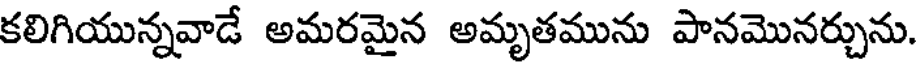
కలిగియున్నవాడే అమరమైన అమృతమును పానమొనర్చును.